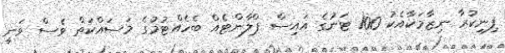
ފިނިކުރާ ނިޒާމަކާއެކު 100 ޓަނުގެ އައިސް ޕްލާންޓެއް ބެހެއްޓުމުގެ މަސައްކަތް ވެސް ވަނީ